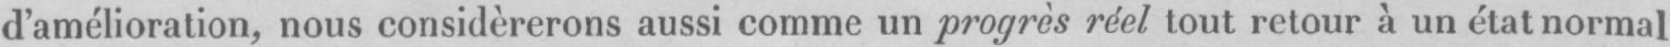
d’amélioration, nous considèrerons aussi comme un progrès réel tout retour à un état normal